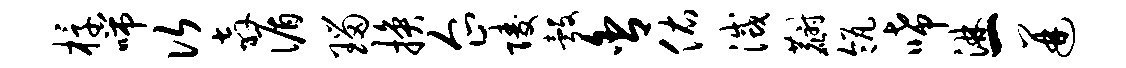
椁喘次奔循瑙换企陵彀舍佑灭麝瓴唏淋一迸